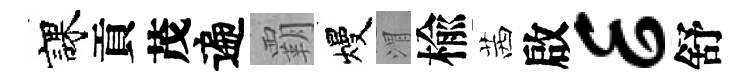
課貢茂遍覇熳渭楡茜啟E舒